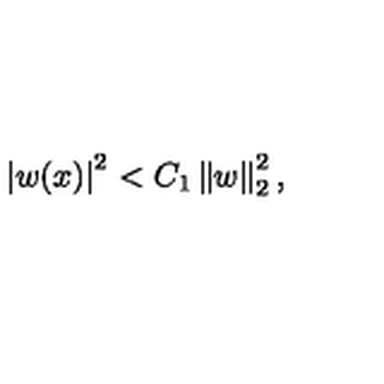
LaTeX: \left| w ( x ) \right| ^ { 2 } < C _ { 1 } \left\| w \right\| _ { 2 } ^ { 2 } ,